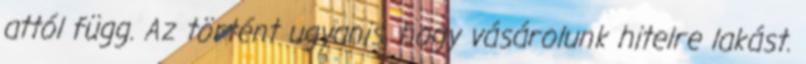
attól függ. Az történt ugyanis, hogy vásárolunk hitelre lakást.